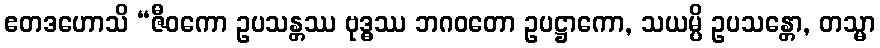
ဧတဒဟောသိ “ဇီဝကော ဥပသန္တဿ ဗုဒ္ဓဿ ဘဂဝတော ဥပဋ္ဌာကော, သယမ္ပိ ဥပသန္တော, တသ္မာ